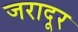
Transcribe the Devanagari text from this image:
जरादूर